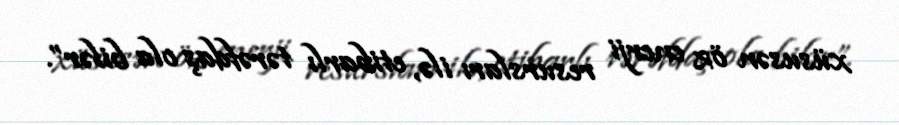
xüsusən öz enerji resursları ilə, etibarlı tərəfdaş ola bilər”.